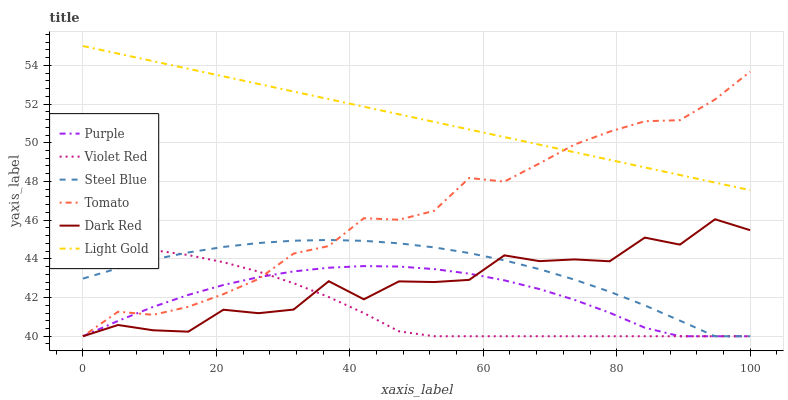
| xaxis_label | Purple | Violet Red | Steel Blue | Tomato | Dark Red | Light Gold |
 | --- | --- | --- | --- | --- | --- | --- |
 | 0 | 40 | 44.6 | 43 | 40 | 40 | 55 |
 | 5.26 | 40.8 | 44.6 | 43.5 | 41.3 | 40.6 | 54.6 |
 | 10.5 | 41.5 | 44.5 | 44 | 41.1 | 40.3 | 54.2 |
 | 15.8 | 42.1 | 44.2 | 44.3 | 41.5 | 40.2 | 53.8 |
 | 21.1 | 42.6 | 43.8 | 44.6 | 42.2 | 41.4 | 53.4 |
 | 26.3 | 43.1 | 43.3 | 44.8 | 43 | 41.2 | 53 |
 | 31.6 | 43.4 | 42.7 | 44.9 | 44.3 | 41.4 | 52.6 |
 | 36.8 | 43.5 | 42 | 45 | 44.7 | 42.8 | 52.3 |
 | 42.1 | 43.6 | 41.2 | 44.9 | 46.1 | 41.9 | 51.9 |
 | 47.4 | 43.6 | 40.3 | 44.8 | 46 | 42.8 | 51.5 |
 | 52.6 | 43.5 | 40 | 44.6 | 46.5 | 42.8 | 51.1 |
 | 57.9 | 43.2 | 40 | 44.3 | 48.2 | 42.9 | 50.7 |
 | 63.2 | 42.9 | 40 | 43.9 | 48 | 44.2 | 50.3 |
 | 68.4 | 42.4 | 40 | 43.5 | 48.9 | 43.9 | 49.9 |
 | 73.7 | 41.9 | 40 | 42.9 | 49.9 | 44 | 49.5 |
 | 78.9 | 41.2 | 40 | 42.3 | 50.6 | 43.9 | 49.1 |
 | 84.2 | 40.4 | 40 | 41.6 | 51.1 | 45.1 | 48.7 |
 | 89.5 | 40 | 40 | 40.8 | 51.2 | 44.7 | 48.3 |
 | 94.7 | 40 | 40 | 40 | 52.2 | 46 | 47.9 |
 | 100 | 40 | 40 | 40 | 53.7 | 45.5 | 47.5 |